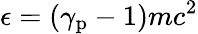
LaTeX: \epsilon=(\gamma_{\mathrm{p}}-1)mc^{2}